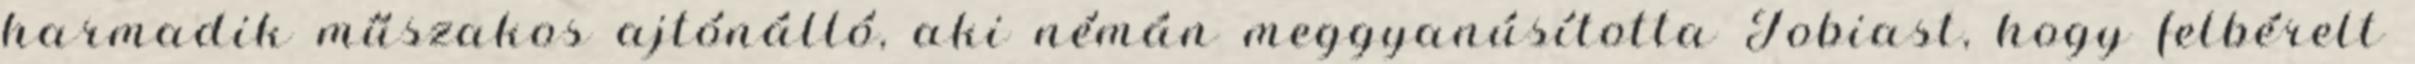
harmadik műszakos ajtónálló, aki némán meggyanúsította Tobiast, hogy felbérelt